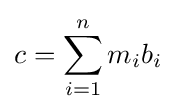
c=\sum _{i=1}^{n}m_{i}b_{i}